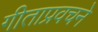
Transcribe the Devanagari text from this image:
गीताप्रवचने